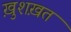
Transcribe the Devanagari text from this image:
ख़ुशख़त